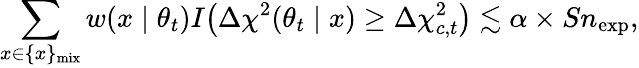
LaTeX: \sum_{x\in\{ x\} _{\mathrm{mix}}}w(x\mid\theta_{t})I\bigl(\Delta\chi^{2}(\theta_{t}\mid x)\ge\Delta\chi_{c,t}^{2}\bigr)\lesssim\alpha\times Sn_{\mathrm{exp}},